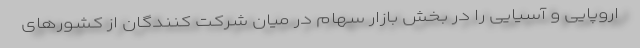
اروپایی و آسیایی را در بخش بازار سهام در میان شرکت کنندگان از کشورهای